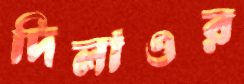
দিলাওর